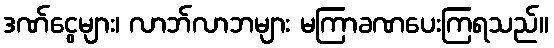
ဒဏ်ငွေများ၊ လာဘ်လာဘများ မကြာခဏပေးကြရသည်။